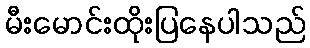
မီးမောင်းထိုးပြနေပါသည်